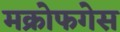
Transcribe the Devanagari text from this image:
मक्रोफगेस